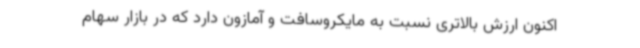
اکنون ارزش بالاتری نسبت به مایکروسافت و آمازون دارد که در بازار سهام